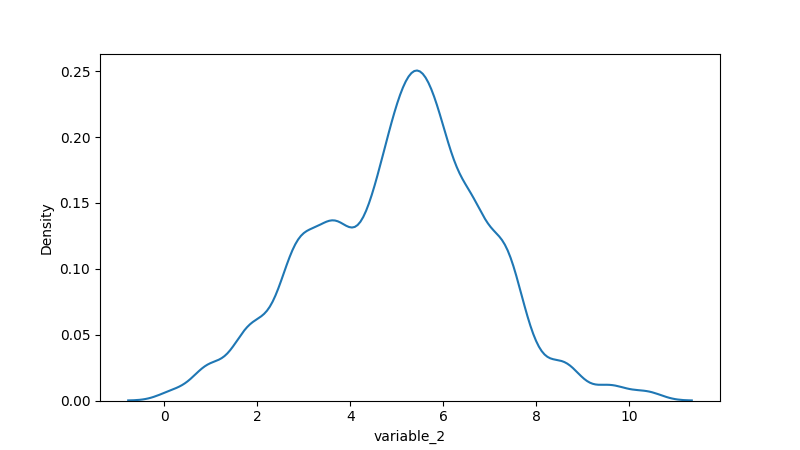
python, seaborn, kdeplot, hue='None', fill=False, bw_adjust=0.5